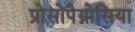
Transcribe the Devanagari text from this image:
प्रोसोपैग्नोसिया